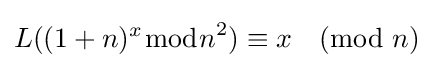
L((1+n)^{x}{\bmod {n}}^{2})\equiv x{\pmod {n}}